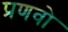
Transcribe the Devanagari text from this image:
प्रणवो